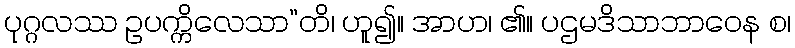
ပုဂ္ဂလဿ ဥပက္ကိလေသာ”တိ၊ ဟူ၍။ အာဟ၊ ၏။ ပဌမဒိသာဘာဝေန စ၊